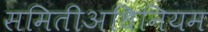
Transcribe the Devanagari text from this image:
समितीअधिनियम